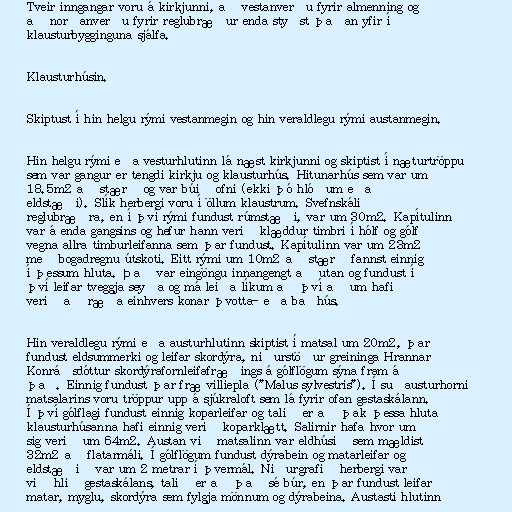
Tveir inngangar voru á kirkjunni, að vestanverðu fyrir almenning og
að norðanverðu fyrir reglubræður enda styðst þaðan yfir í
klausturbygginguna sjálfa.

Klausturhúsin.

Skiptust í hin helgu rými vestanmegin og hin veraldlegu rými austanmegin.

Hin helgu rými eða vesturhlutinn lá næst kirkjunni og skiptist í næturtröppu
sem var gangur er tengdi kirkju og klausturhús. Hitunarhús sem var um
18.5m2 að stærð og var búið ofni (ekki þó hlóðum eða
eldstæði). Slík herbergi voru í öllum klaustrum. Svefnskáli
reglubræðra, en í því rými fundust rúmstæði, var um 30m2. Kapítulinn
var á enda gangsins og hefur hann verið klæddur timbri í hólf og gólf
vegna allra timburleifanna sem þar fundust. Kapítulinn var um 23m2
með bogadregnu útskoti. Eitt rými um 10m2 að stærð fannst einnig
í þessum hluta. Það var eingöngu innangengt að utan og fundust í
því leifar tveggja seyða og má leiða líkum að því að um hafi
verið að ræða einhvers konar þvotta- eða baðhús.

Hin veraldlegu rými eða austurhlutinn skiptist í matsal um 20m2, þar
fundust eldsummerki og leifar skordýra, niðurstöður greininga Hrannar
Konráðsdóttur skordýrafornleifafræðings á gólflögum sýna fram á
það. Einnig fundust þar fræ villiepla ("Malus sylvestris"). Í suðausturhorni
matsalarins voru tröppur upp á sjúkraloft sem lá fyrir ofan gestaskálann.
Í því gólflagi fundust einnig koparleifar og talið er að þak þessa hluta
klausturhúsanna hafi einnig verið koparklætt. Salirnir hafa hvor um
sig verið um 64m2. Austan við matsalinn var eldhúsið sem mældist
32m2 að flatarmáli. Í gólflögum fundust dýrabein og matarleifar og
eldstæðið var um 2 metrar í þvermál. Niðurgrafið herbergi var
við hlið gestaskálans, talið er að það sé búr, en þar fundust leifar
matar, myglu, skordýra sem fylgja mönnum og dýrabeina. Austasti hlutinn